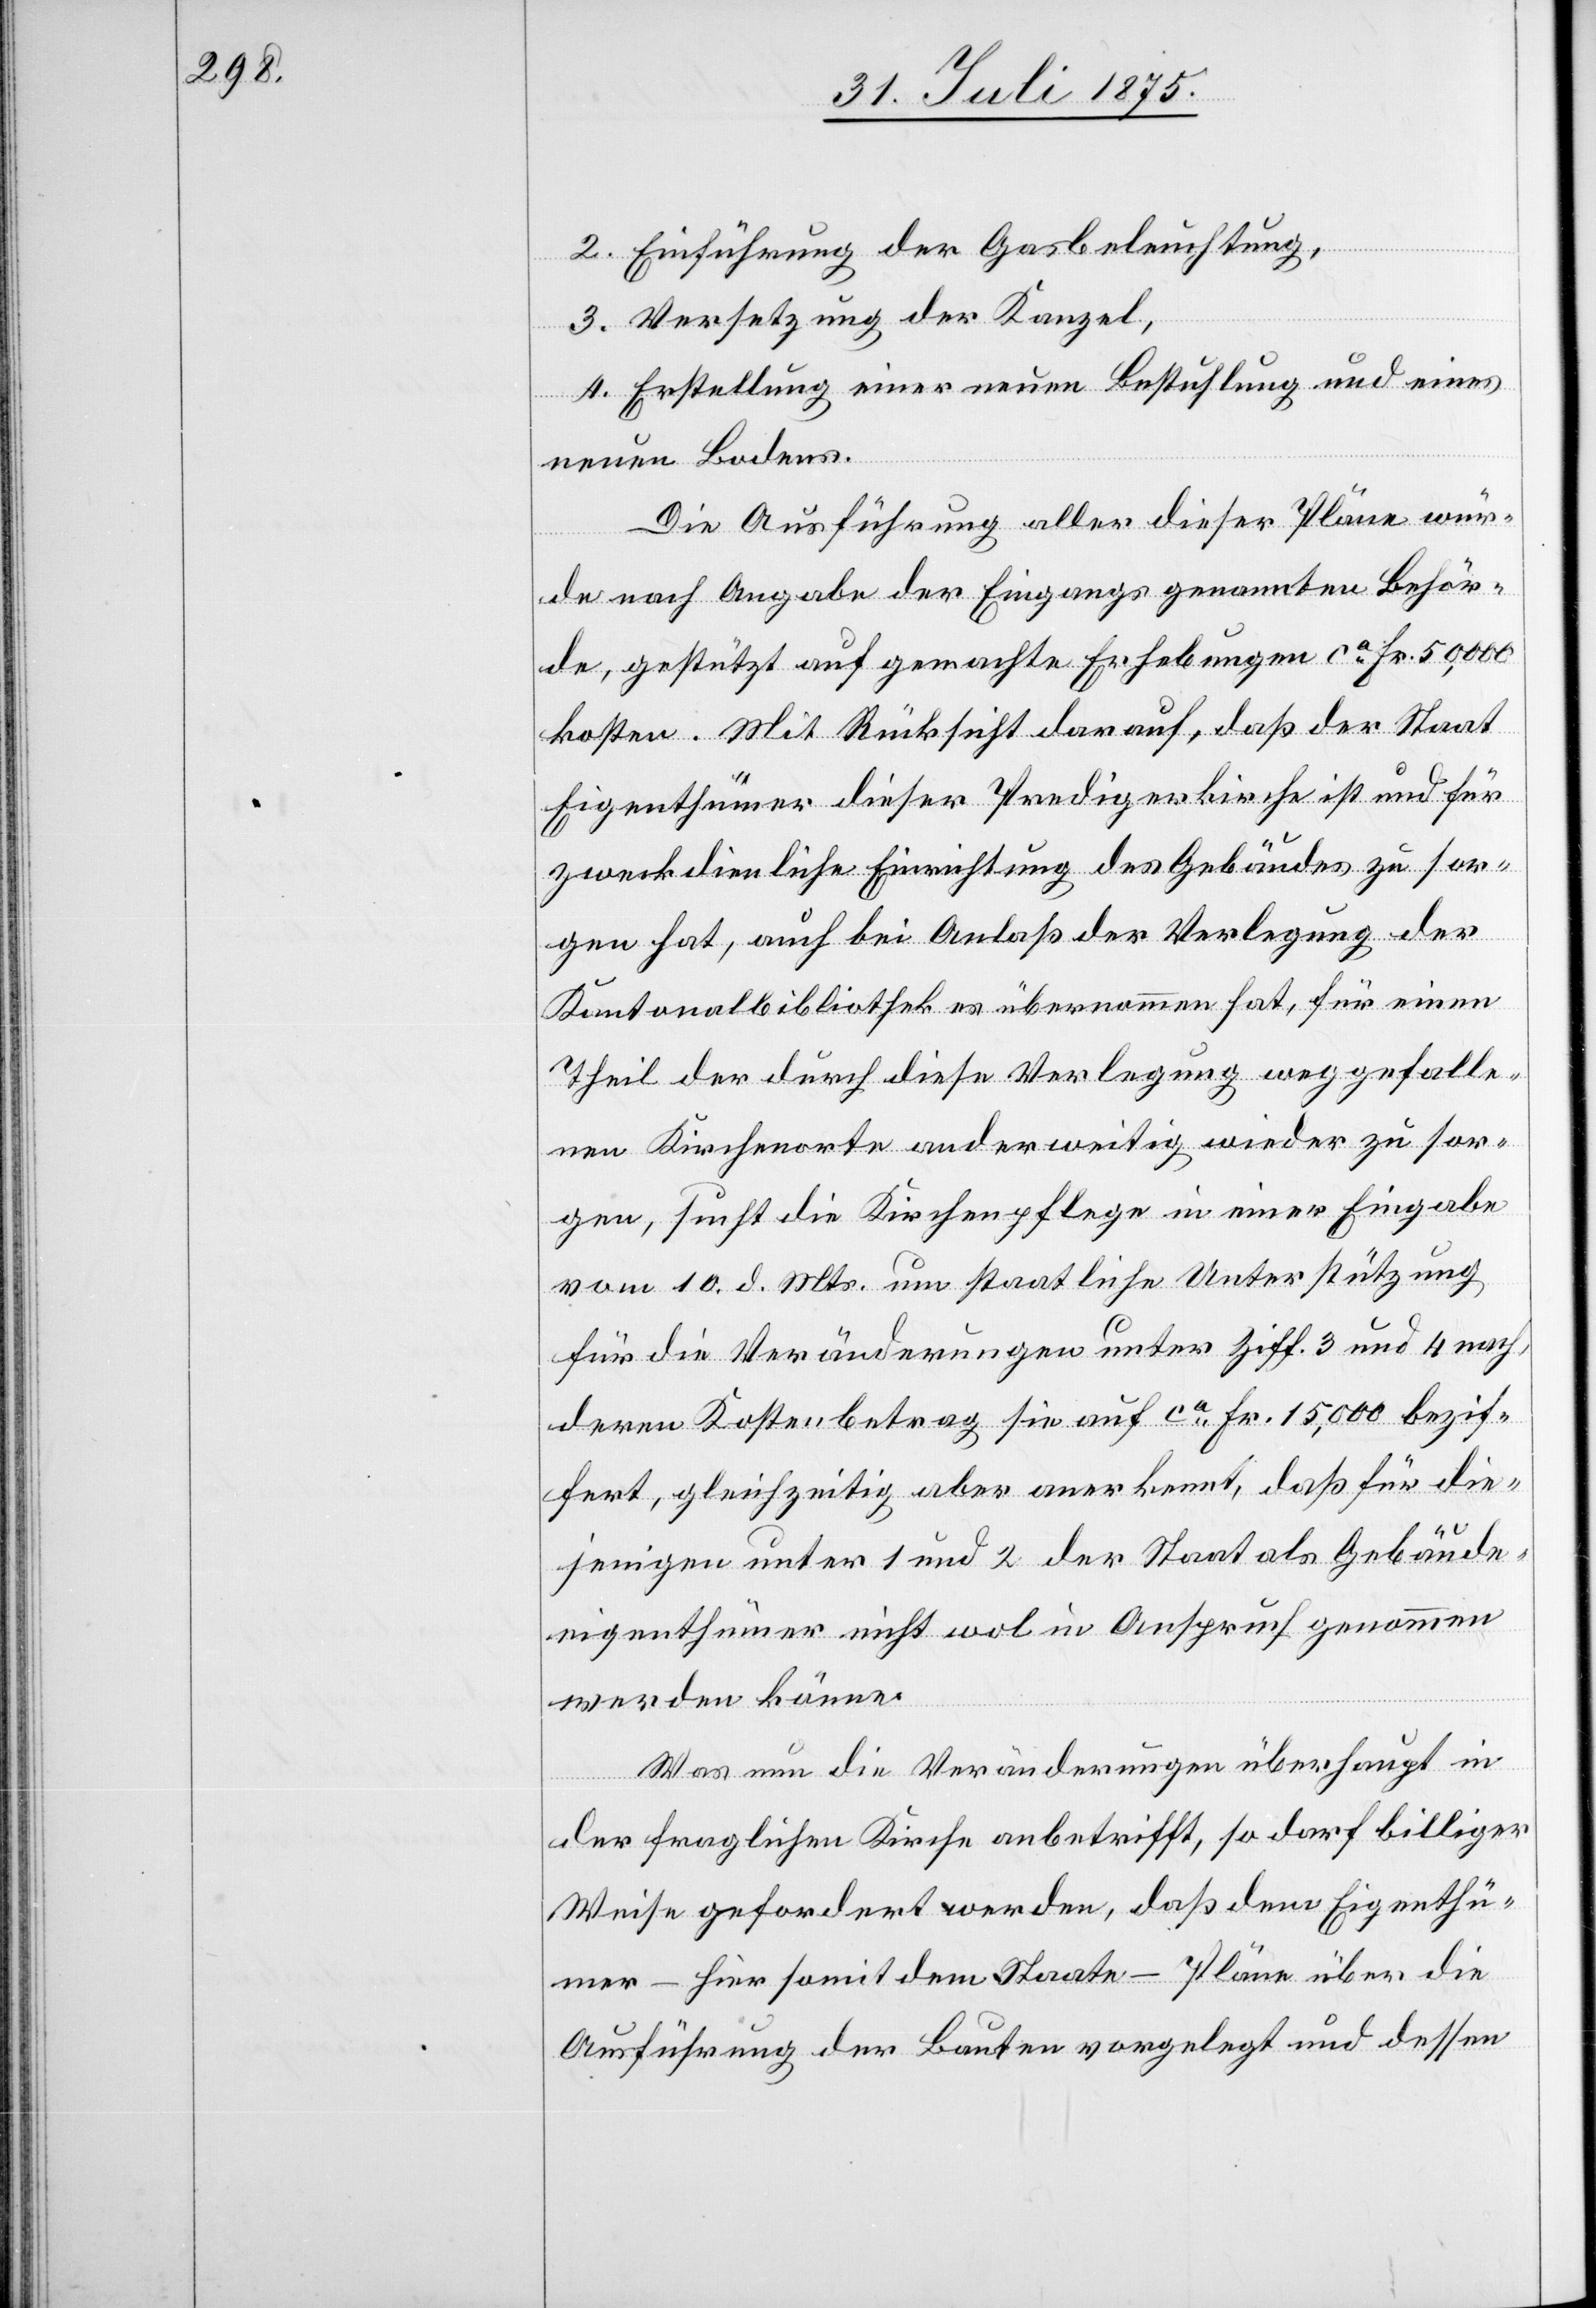
2. Einführung der Gasbeleuchtung,
3. Versetzung der Kanzel,
4. Erstellung einer neuen Bestuhlung und eines
neuen Bodens.
Die Ausführung aller dieser Pläne wür¬
de nach Angabe der Eingangs genannten Behör¬
de, gestützt auf gemachte Erhebungen ca Fr. 50,000
kosten. Mit Rücksicht darauf, daß der Staat
Eigenthümer dieser Predigerkirche ist und für
zweckdienliche Einrichtung des Gebäudes zu sor¬
gen hat, auch bei Anlaß der Verlegung der
Kantonalbibliothek es übernommen hat, für einen
Theil der durch diese Verlegung weggefalle¬
nen Kirchenorte anderweitig wieder zu sor¬
gen, such die Kirchenpflege in einer Eingabe
vom 10. d. Mts um staatliche Unterstützung
für die Veränderungen unter Ziff. 3 und 4 nach,
deren Kostenbetrag sie auf ca Fr. 15,000 bezif¬
fert, gleichzeitig aber anerkannt, daß für die¬
jenigen unter 1 und 2 der Staat als Gebäude¬
eigenthümer nicht wol in Anspruch genommen
werden könne.
Was nun die Veränderungen überhaupt in
der fraglichen Kirche anbetrifft, so darf billiger
Weise gefordert werden, daß dem Eigenthü¬
mer – hier somit dem Staate – Pläne über die
Ausführung der Bauten vorgelegt und dessen